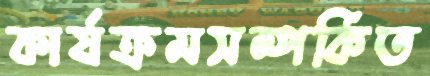
কার্যক্রমসম্পর্কিত